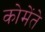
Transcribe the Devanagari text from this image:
कोमेंते